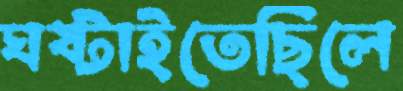
ঘষ্‌টাইতেছিলে